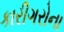
કારીગરોના